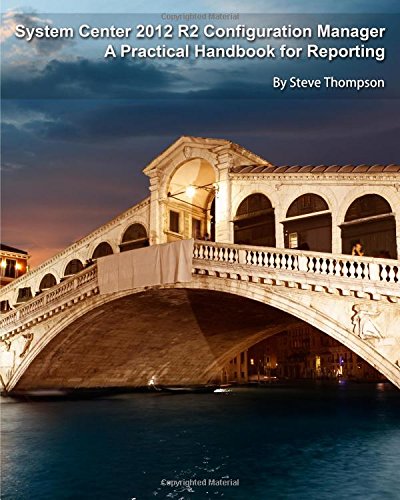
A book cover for System Center 2012 R2 Configuration Manager: A Practical Handbook for Reporting; Steve Thompson; Computers & Technology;